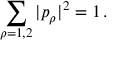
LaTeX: \sum _ { \rho = 1 , 2 } | p _ { \rho } | ^ { 2 } = 1 \, .